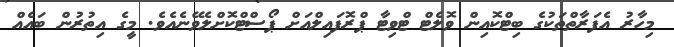
މިހާރު އެފަރާތްތަކުގެ ބިޓްކޮއިން ވޮލެޓް ޓްވިޓާ ޕްރޮފައިލްއަށް ޕޯސްޓްކޮށްލެވޭނެއެވެ. މީގެ އިތުރުން ބައެއް